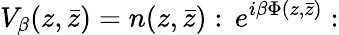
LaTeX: V_{\beta}(z,\bar{z})=n(z,\bar{z}):\, e^{i\beta\Phi(z,\bar{z})}: